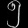
Digit: ၅